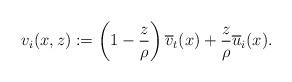
LaTeX: \begin{align*} v_i(x,z):=\left(1-\frac z\rho \right)\overline v_t(x) + \frac z{\rho} \overline u_i(x).\end{align*}